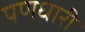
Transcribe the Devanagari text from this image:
पणधारी